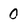
Character: 0